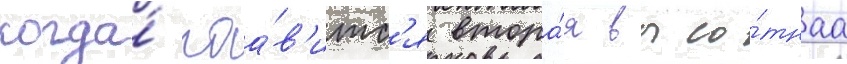
когда́ поа́в'итс'я втора́я высо́тнаа